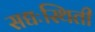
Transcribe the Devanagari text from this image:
सद्यःस्थिती